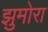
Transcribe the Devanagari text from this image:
झुमोरा